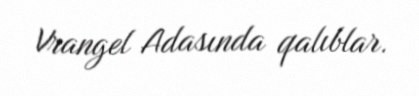
Vrangel Adasında qalıblar.